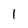
Character: 1